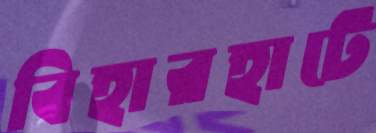
বিহারহাটে